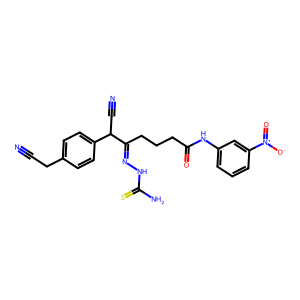
SMILES: N#CCc1ccc(C(C#N)C(CCCC(=O)Nc2cccc([N+](=O)[O-])c2)=NNC(N)=S)cc1
Inhibits HIV replication: No